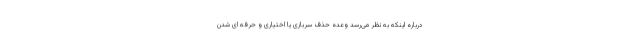
درباره اینکه به نظر می‌رسد وعده حذف سربازی یا اختیاری و حرفه ای شدن